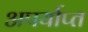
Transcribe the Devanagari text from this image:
अपर्याप्‍त